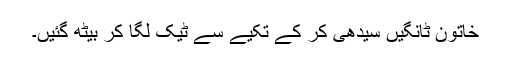
خاتون ٹانگیں سیدھی کر کے تکیے سے ٹیک لگا کر بیٹھ گئیں۔